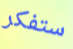
ستفكر